Indian journal of veterinary science and animal husbandry - Volume 14,
Year: 1944
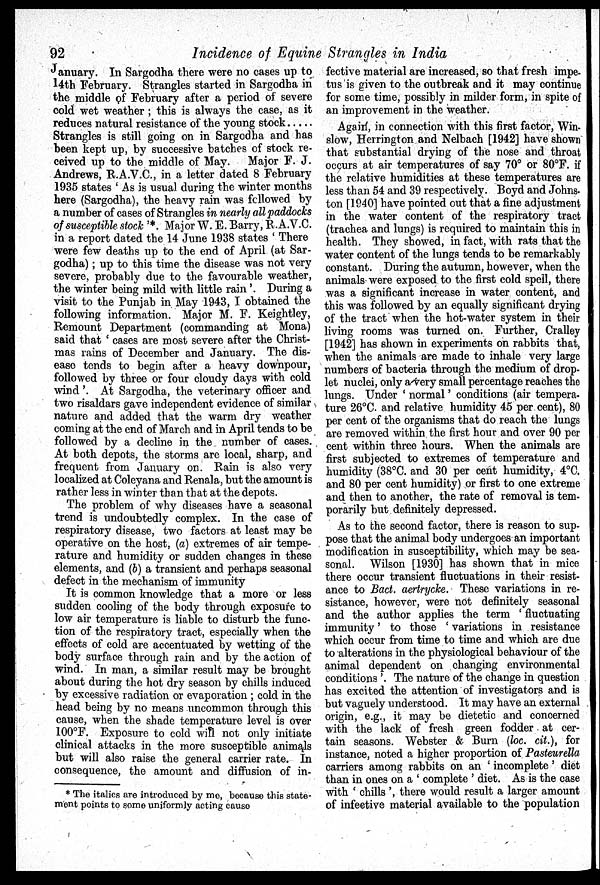
92
Incidence of Equine Strangles in India
January. In Sargodha there were no cases up to
14th February. Strangles started in Sargodha in
the middle of February after a period of severe
cold wet weather ; this is always the case, as it
reduces natural resistance of the young stock
Strangles is still going on in Sargodha and has
been kept up, by successive batches of stock re-
ceived up to the middle of May. Major F. J.
Andrews, R.A.V.C., in a letter dated 8 February
1935 states ' As is usual during the winter months
here (Sargodha), the heavy rain was followed by
a number of cases of Strangles in nearly all paddocks
of susceptible stock '*. Major W. E. Barry, R.A.V.C.
in a report dated the 14 June 1938 states ' There
were few deaths up to the end of April (at Sar-
godha) ; up to this time the disease was not very
severe, probably due to the favourable weather,
the winter being mild with little rain '. During a
visit to the Punjab in May 1943, I obtained the
following information. Major M. F. Keightley,
Remount Department (commanding at Mona)
said that ' cases are most severe after the Christ-
mas rains of December and January. The dis-
ease tends to begin after a heavy downpour,
followed by three or four cloudy days with cold
wind'. At Sargodha, the veterinary officer and
two risaldars gave independent evidence of similar
nature and added that the warm dry weather
coming at the end of March and in April tends to be
followed by a decline in the number of cases.
At both depots, the storms are local, sharp, and
frequent from January on. Rain is also very
localized at Coleyana and Renala, but the amount is
rather less in winter than that at the depots.
The problem of why diseases have a seasonal
trend is undoubtedly complex. In the case of
respiratory disease, two factors at least may be
operative on the host, (a) extremes of air tempe-
rature and humidity or sudden changes in these
elements, and (b) a transient and perhaps seasonal
defect in the mechanism of immunity
It is common knowledge that a more or less
sudden cooling of the body through exposure to
low air temperature is liable to disturb the func-
tion of the respiratory tract, especially when the
effects of cold are accentuated by wetting of the
body surface through rain and by the action of
wind. In man, a similar result may be brought
about during the hot dry season by chills induced
by excessive radiation or evaporation ; cold in the
head being by no means uncommon through this
cause, when the shade temperature level is over
100°F. Exposure to cold will not only initiate
clinical attacks in the more susceptible animals
but will also raise the general carrier rate. In
consequence, the amount and diffusion of in-
fective material are increased, so that fresh impe-
tus is given to the outbreak and it may continue
for some time, possibly in milder form, in spite of
an improvement in the weather.
Again, in connection with this first factor, Win-
slow, Herrington and Nelbach [1942] have shown
that substantial drying of the nose and throat
occurs at air temperatures of say 70° or 80°F. if
the relative humidities at these temperatures are
less than 54 and 39 respectively. Boyd and Johns.
ton [1940] have pointed out that a fine adjustment
in the water content of the respiratory tract
(trachea and lungs) is required to maintain this in
health. They showed, in fact, with rats that the
water content of the lungs tends to be remarkably
constant. During the autumn, however, when the
animals were exposed to the first cold spell, there
was a significant increase in water content, and
this was followed by an equally significant drying
of the tract when the hot-water system in their
living rooms was turned on. Further, Cralley
[1942] has shown in experiments on rabbits that,
when the animals are made to inhale very large
numbers of bacteria through the medium of drop-
let nuclei, only a very small percentage reaches the
lungs. Under ' normal ' conditions (air tempera-
ture 26°C. and relative humidity 45 per cent), 80
per cent of the organisms that do reach the lungs
are removed within the first hour and over 90 per
cent within three hours. When the animals are
first subjected to extremes of temperature and
humidity (38°C. and 30 per cent humidity, 4°C.
and 80 per cent humidity) or first to one extreme
and then to another, the rate of removal is tem-
porarily but definitely depressed.
As to the second factor, there is reason to sup-
pose that the animal body undergoes an important
modification in susceptibility, which may be sea-
sonal. Wilson [1930] has shown that in mice
there occur transient fluctuations in their resist-
ance to Bact. aertrycke. These variations in re-
sistance, however, were not definitely seasonal
and the author applies the term 'fluctuating
immunity' to those ' variations in resistance
which occur from time to time and which are due
to alterations in the physiological behaviour of the
animal dependent on changing environmental
conditions '. The nature of the change in question
has excited the attention of investigators and is
but vaguely understood. It may have an external
origin, e.g., it may be dietetic and concerned
with the lack of fresh green fodder at cer-
tain seasons. Webster & Burn (loc. cit.), for
instance, noted a higher proportion of Pasteurella
carriers among rabbits on an ' incomplete' diet
than in ones on a ' complete ' diet. As is the case
with ' chills ', there would result a larger amount
of infective material available to the population
* The italics are introduced by me, because this state-
ment points to some uniformly acting cause